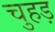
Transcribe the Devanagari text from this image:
चुहड़